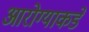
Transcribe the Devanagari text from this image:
आरोग्याकडे